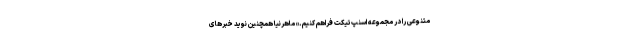
متنوعی را در مجموعه اسنپ‌تیکت فراهم کنیم.» ماهرنیا همچنین نوید خبر‌های